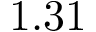
1 . 3 1